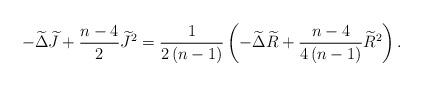
LaTeX: \begin{align*}-\widetilde{\Delta }\widetilde{J}+\frac{n-4}{2}\widetilde{J}^{2}=\frac{1}{2\left( n-1\right) }\left( -\widetilde{\Delta }\widetilde{R}+\frac{n-4}{4\left( n-1\right) }\widetilde{R}^{2}\right) . \end{align*}